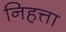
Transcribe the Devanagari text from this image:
निहत्ता